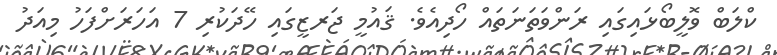
ކްލަބް ވޮލީބޯޅައިގައި ރަންވަތަނަތައް ހޯދިއެވެ. ޤައުމީ ޖަރޒީގައި ހޭދަކުރި 7 އަހަރަށްފަހު މިއަދު